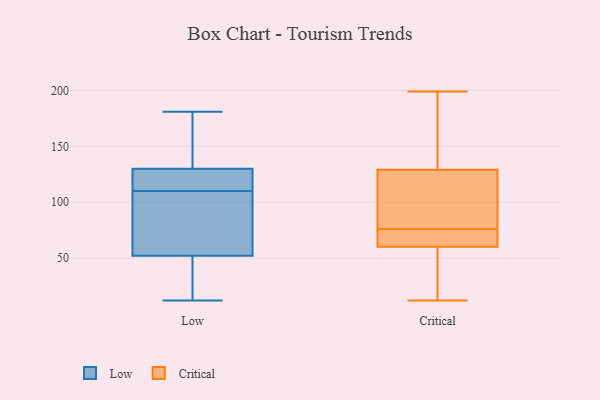
{"axis": {"x": "Production Output", "y": "Value"}, "legend": ["Critical", "Low"], "data": [{"x": "", "y": 159, "type": "Low"}, {"x": "", "y": 119, "type": "Low"}, {"x": "", "y": 37, "type": "Low"}, {"x": "", "y": 52, "type": "Low"}, {"x": "", "y": 14, "type": "Low"}, {"x": "", "y": 130, "type": "Low"}, {"x": "", "y": 181, "type": "Low"}, {"x": "", "y": 134, "type": "Low"}, {"x": "", "y": 106, "type": "Low"}, {"x": "", "y": 114, "type": "Low"}, {"x": "", "y": 122, "type": "Low"}, {"x": "", "y": 96, "type": "Low"}, {"x": "", "y": 12, "type": "Low"}, {"x": "", "y": 62, "type": "Low"}, {"x": "", "y": 166, "type": "Critical"}, {"x": "", "y": 60, "type": "Critical"}, {"x": "", "y": 125, "type": "Critical"}, {"x": "", "y": 129, "type": "Critical"}, {"x": "", "y": 143, "type": "Critical"}, {"x": "", "y": 57, "type": "Critical"}, {"x": "", "y": 115, "type": "Critical"}, {"x": "", "y": 72, "type": "Critical"}, {"x": "", "y": 74, "type": "Critical"}, {"x": "", "y": 12, "type": "Critical"}, {"x": "", "y": 78, "type": "Critical"}, {"x": "", "y": 199, "type": "Critical"}, {"x": "", "y": 71, "type": "Critical"}, {"x": "", "y": 84, "type": "Critical"}, {"x": "", "y": 47, "type": "Critical"}, {"x": "", "y": 67, "type": "Critical"}, {"x": "", "y": 189, "type": "Critical"}, {"x": "", "y": 22, "type": "Critical"}]}